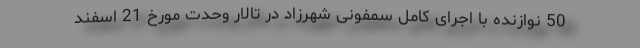
50 نوازنده با اجرای کامل سمفونی شهرزاد در تالار وحدت مورخ 21 اسفند